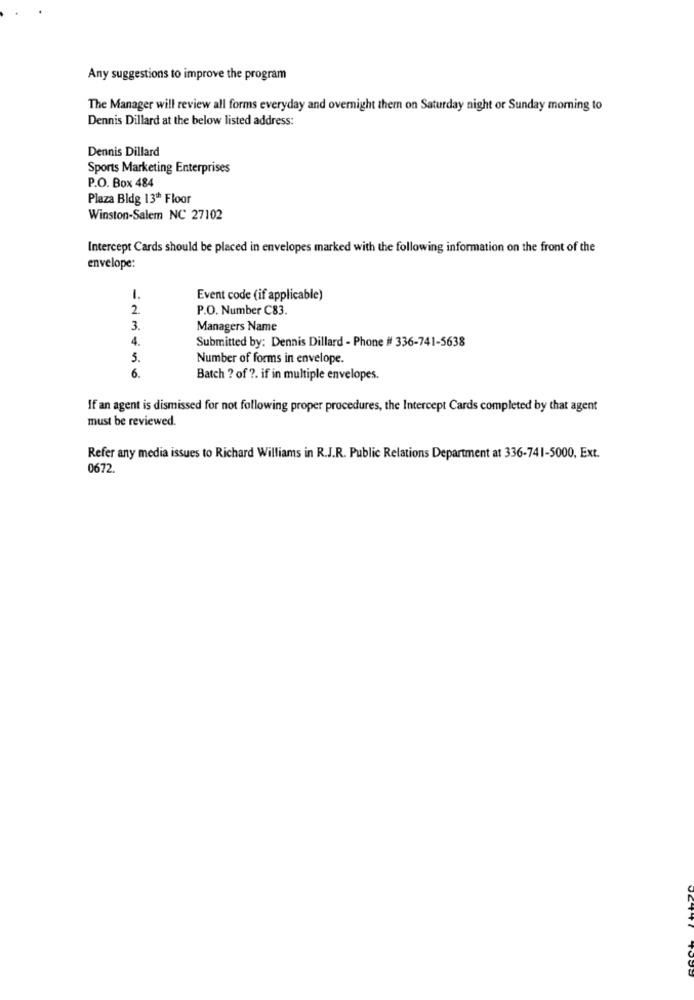
Any suggestions to improve the program
The Manager will review all forms everyday and overnight them on Saturday night or Sunday morning to
Dennis Dillard at the below listed address:
Dennis Dillard
Sports Marketing Enterprises
P.O. Box 484
Plaza Bldg 13th Floor
Winston-Salem NC 27102
Intercept Cards should be placed in envelopes marked with the following information on the front of the
envelope:
1.
Event code (if applicable)
2.
P.O. Number C83.
3.
Managers Name
4.
Submitted by: Dennis Dillard - Phone # 336-741-5638
5.
Number of forms in envelope.
6.
Batch ? of ?. if in multiple envelopes.
If an agent is dismissed for not following proper procedures, the Intercept Cards completed by that agent
must be reviewed.
Refer any media issues to Richard Williams in R.J.R. Public Relations Department at 336-741-5000, Ext.
0672.